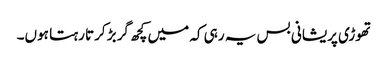
تھوڑی پریشانی بس یہ رہی کہ میں کچھ گربڑ کرتا رہتا ہوں۔